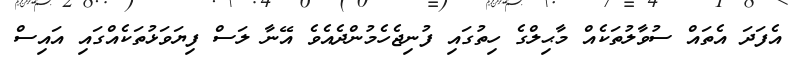
އެފަދަ އެތައް ސުވާލުތަކެއް މާޙިލްގެ ހިތުގައި ފުނިޖެހެމުންދެއެވެ އޭނާ ލަސް ފިޔަވަޅުތަކެއްގައި އައިސް